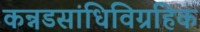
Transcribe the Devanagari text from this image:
कन्नडसांधिविग्रहिक